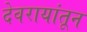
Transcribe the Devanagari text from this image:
देवरायांतून